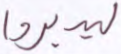
ليدبروا